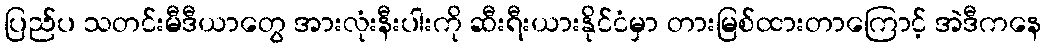
ပြည်ပ သတင်းမီဒီယာတွေ အားလုံးနီးပါးကို ဆီးရီးယားနိုင်ငံမှာ တားမြစ်ထားတာကြောင့် အဲဒီကနေ